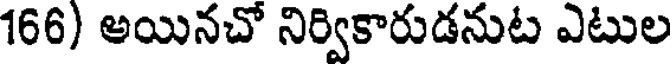
166) అయినచో నిర్వికారుడనుట ఎటుల